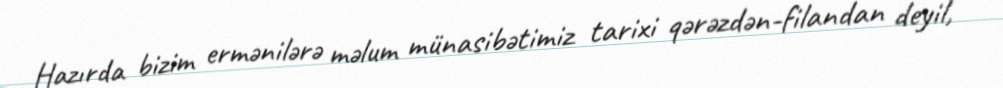
Hazırda bizim ermənilərə məlum münasibətimiz tarixi qərəzdən-filandan deyil,